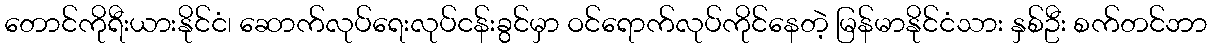
တောင်ကိုရီးယားနိုင်ငံ၊ ဆောက်လုပ်ရေးလုပ်ငန်းခွင်မှာ ဝင်ရောက်လုပ်ကိုင်နေတဲ့ မြန်မာနိုင်ငံသား နှစ်ဦး စက်တင်ဘာ